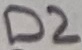
Text: D2